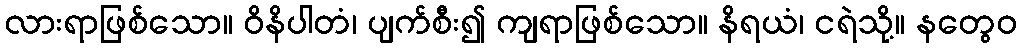
လားရာဖြစ်သော။ ဝိနိပါတံ၊ ပျက်စီး၍ ကျရာဖြစ်သော။ နိရယံ၊ ငရဲသို့။ နတွေဝ